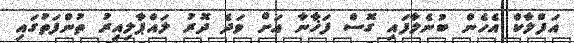
އަފްލާކް އެހެން ބުނެލާފައި ގޮސް ފަޚާނާ އަށް ވަދެ ދޮރު ލައްޕާލިއިރު ތުންފަތުގައި